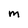
Character: M